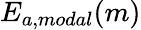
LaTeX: E_{a,modal}(m)